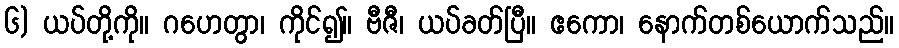
၆) ယပ်တို့ကို။ ဂဟေတွာ၊ ကိုင်၍။ ဗီဇီ၊ ယပ်ခတ်ပြီ။ ဧကော၊ နောက်တစ်ယောက်သည်။